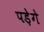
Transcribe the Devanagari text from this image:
पड़ेगे